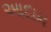
આદામ